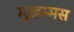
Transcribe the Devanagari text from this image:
मुख़म्मस